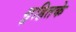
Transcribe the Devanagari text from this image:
गृहितके